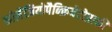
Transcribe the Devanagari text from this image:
कोलैंजियोपैन्क्रियेटोग्राफी